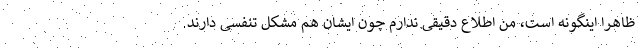
ظاهرا اینگونه است، من اطلاع دقیقی ندارم چون ایشان هم مشکل تنفسی دارند.